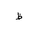
Letter: _za